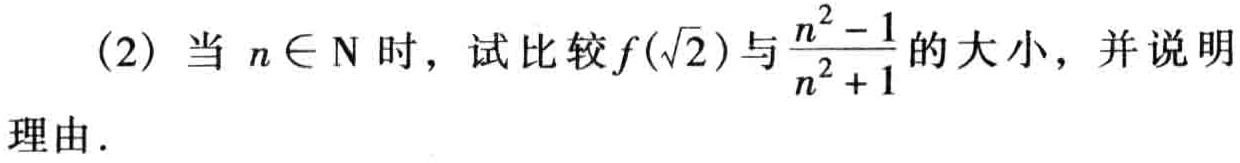
(2) 当 \(n\in N\) 时，试比较\(f(\sqrt{2})\)与\(\frac{n^{2}-1}{n^{2}+1}\)的大小，并说明理由.